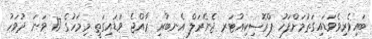
ބައިވެރިވެވަޑައިގަތުމަށްފަހު ޕްރޮސިކިއުޓަރ ޖެެނެރަލް އެނބުރި ރާއްޖެ ވަޑައިގަތީ މިމަހުގެ 17 ވަނަ ދުވަހު